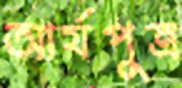
আর্যপুত্র